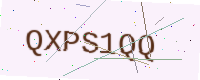
Text: QXPS1QQ